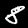
Digit: 8